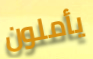
يأملون